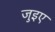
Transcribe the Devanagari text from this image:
जुइए